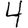
Digit: 4